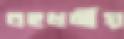
বহুধর্মীয়